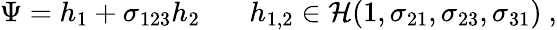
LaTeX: \Psi=h_{1}+\sigma_{123}h_{2}~~~~~~~h_{1,2}\in{\cal H}(1,\sigma_{21},\sigma_{23},\sigma_{31})~,